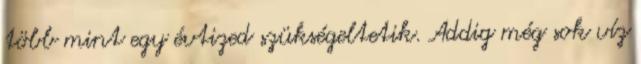
több mint egy évtized szükségeltetik. Addig még sok víz